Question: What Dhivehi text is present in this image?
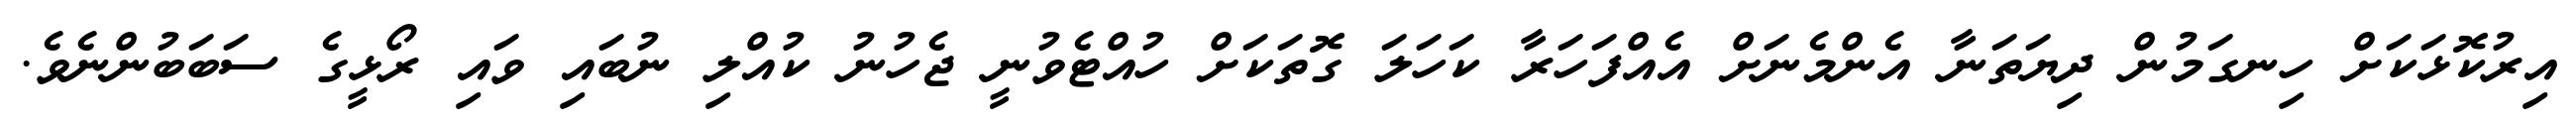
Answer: އިރުކޮޅަކަށް ހިނގަމުން ދިޔަތަނާ އެންމެނަށް އެއްފަހަރާ ކަހަލަ ގޮތަކަށް ހުއްޓެވުނީ ޖެހުނު ކުއްލި ނުބައި ވައި ރޯޅީގެ ސަބަބުންނެވެ.